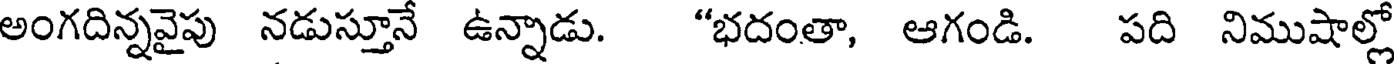
అంగదిన్నవైపు నడుస్తూనే ఉన్నాడు. "భదంతా, ఆగండి. పది నిముషాల్లో